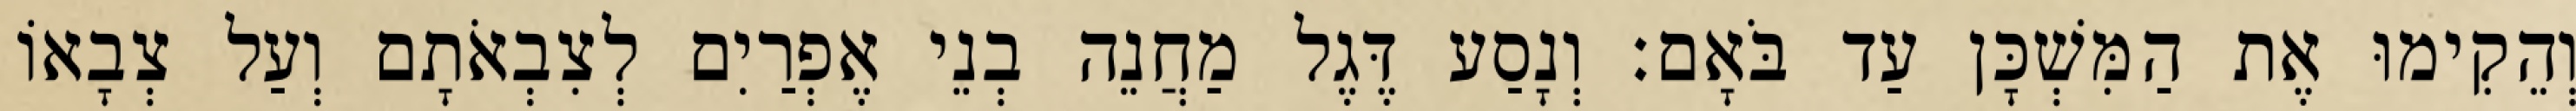
וְהֵקִימוּ אֶת הַמִּשְׁכָּן עַד בֹּאָם׃ וְנָסַע דֶּגֶל מַחֲנֵה בְנֵי אֶפְרַיִם לְצִבְאֹתָם וְעַל צְבָאוֹ